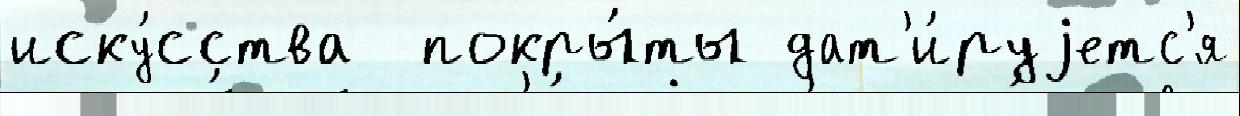
иску́сства  покры́ты дат'и́руjетс'я